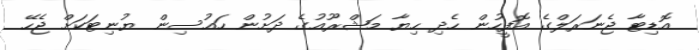
އޮޑިޓާ ޖެނަރަލްގެ އޮފީހުން ހެދި ހިޔާ މަޝްރޫއުގެ ދަށުން ހައުސިން ޔުނިޓަކަށް ޖެހޭ